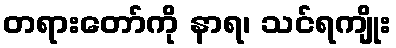
တရားတော်ကို နာရ၊ သင်ရကျိုး